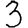
Digit: 3